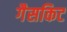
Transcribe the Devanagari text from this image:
गैसकिट